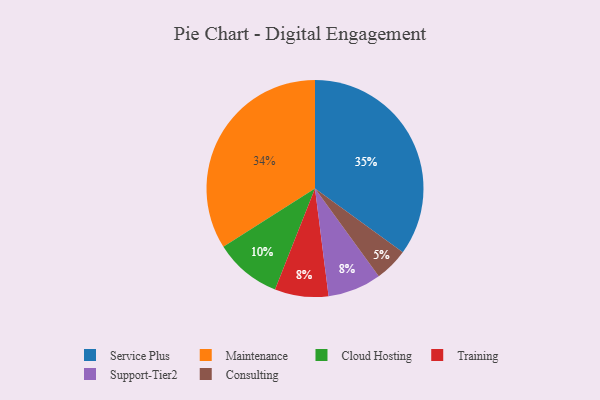
{"axis": {"x": "Category", "y": "Percentage"}, "legend": ["Cloud Hosting", "Consulting", "Maintenance", "Service Plus", "Support-Tier2", "Training"], "data": [{"x": "Maintenance", "y": 34, "type": "Maintenance"}, {"x": "Service Plus", "y": 35, "type": "Service Plus"}, {"x": "Consulting", "y": 5, "type": "Consulting"}, {"x": "Training", "y": 8, "type": "Training"}, {"x": "Support-Tier2", "y": 8, "type": "Support-Tier2"}, {"x": "Cloud Hosting", "y": 10, "type": "Cloud Hosting"}]}